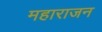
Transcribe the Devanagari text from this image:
महाराजन